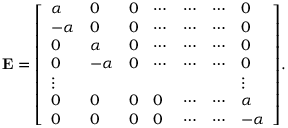
\mathbf { E } = { \left[ \begin{array} { l l l l l l l } { \alpha } & { 0 } & { 0 } & { \cdots } & { \cdots } & { \cdots } & { 0 } \\ { { - \alpha } } & { 0 } & { 0 } & { \cdots } & { \cdots } & { \cdots } & { 0 } \\ { 0 } & { \alpha } & { 0 } & { \cdots } & { \cdots } & { \cdots } & { 0 } \\ { 0 } & { { - \alpha } } & { 0 } & { \cdots } & { \cdots } & { \cdots } & { 0 } \\ { \vdots } & { } & { } & { } & { } & { } & { \vdots } \\ { 0 } & { 0 } & { 0 } & { 0 } & { \cdots } & { \cdots } & { \alpha } \\ { 0 } & { 0 } & { 0 } & { 0 } & { \cdots } & { \cdots } & { { - \alpha } } \end{array} \right] } .